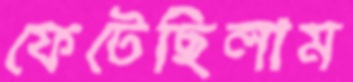
ফেটেছিলাম